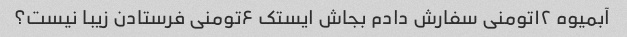
آبمیوه ۱۲تومنی سفارش دادم بجاش ایستک ۶تومنی فرستادن زیبا نیست؟